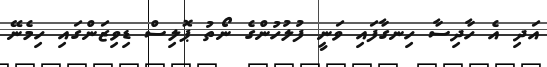
އަދި އެ ހާދިސާ ހިނގާފައި ވަނީ ފުލުހުންގެ ނޯތު ޕޮލިސް ޑިވިޒަންގައި ހިމެނޭ